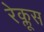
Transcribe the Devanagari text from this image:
रेक्लूस